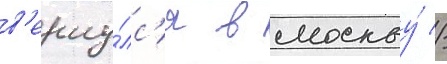
в'ерну́лс'я в москву́ //